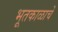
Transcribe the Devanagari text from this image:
भूतकाळाचें